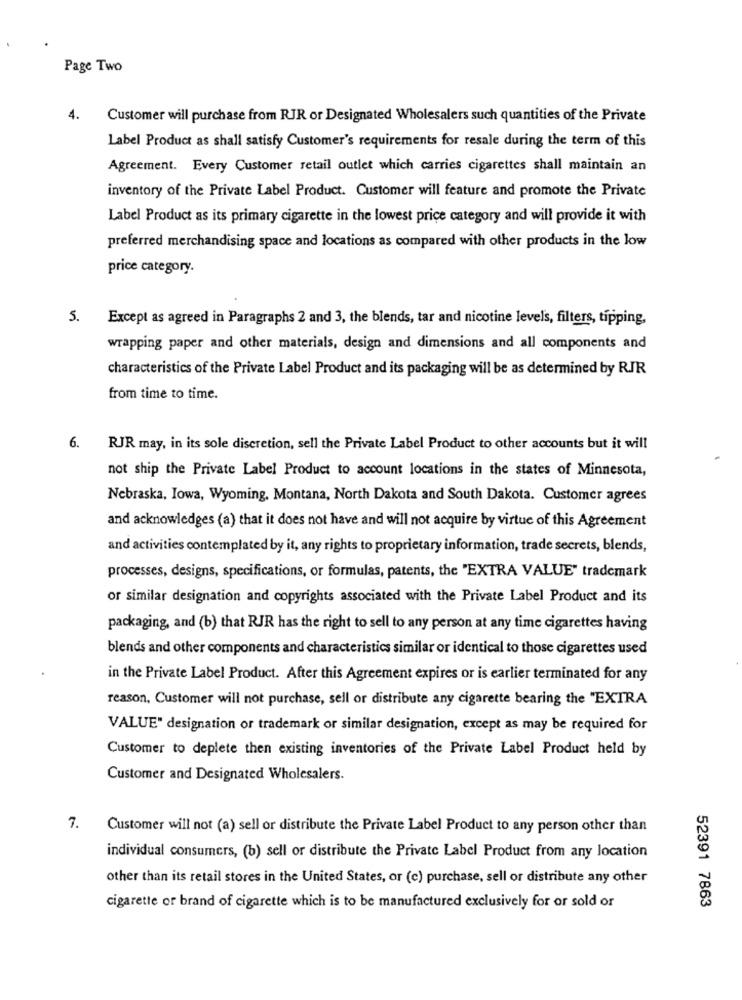
Page Two
4.
Customer will purchase from RJR or Designated Wholesalers such quantities of the Private
Label Product as shall satisfy Customer's requirements for resale during the term of this
Agreement. Every Customer retail outlet which carries cigarettes shall maintain an
inventory of the Private Label Product. Customer will feature and promote the Private
Label Product as its primary cigarette in the lowest price category and will provide it with
preferred merchandising space and locations as compared with other products in the low
price category.
5. Except as agreed in Paragraphs 2 and 3, the blends, tar and nicotine levels, filters, tipping,
wrapping paper and other materials, design and dimensions and all components and
characteristics of the Private Label Product and its packaging will be as determined by RJR
from time to time.
6. RJR may, in its sole discretion, sell the Private Label Product to other accounts but it will
not ship the Private Label Product to account locations in the states of Minnesota,
Nebraska, Iowa, Wyoming, Montana, North Dakota and South Dakota. Customer agrees
and acknowledges (a) that it does not have and will not acquire by virtue of this Agreement
and activities contemplated by it, any rights to proprietary information, trade secrets, blends,
processes, designs, specifications, or formulas, patents, the "EXTRA VALUE" trademark
or similar designation and copyrights associated with the Private Label Product and its
packaging, and (b) that RJR has the right to sell to any person at any time cigarettes having
blends and other components and characteristics similar or identical to those cigarettes used
in the Private Label Product. After this Agreement expires or is earlier terminated for any
reason, Customer will not purchase, sell or distribute any cigarette bearing the "EXTRA
VALUE" designation or trademark or similar designation, except as may be required for
Customer to deplete then existing inventories of the Private Label Product held by
Customer and Designated Wholesalers.
7. Customer will not (a) sell or distribute the Private Label Product to any person other than
individual consumers, (b) sell or distribute the Private Label Product from any location
other than its retail stores in the United States, or (c) purchase, sell or distribute any other
cigarette or brand of cigarette which is to be manufactured exclusively for or sold or
52391 7863